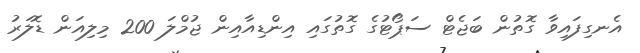
އެނގިފައިވާ ގޮތުން ބަޖެޓް ސަޕޯޓުގެ ގޮތުގައި އިންޑިއާއިން ޖުމްލަ 200 މިލިއަން ޑޮލަރު